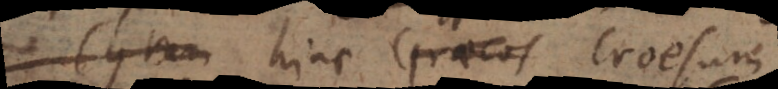
Cyrum hinc Graecos Croesum